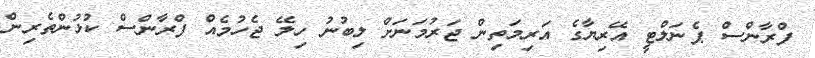
ފްރާންސް ޕެނަލްޓީ އޭރިޔާގެ އަރިމަތިން ޖަރުމަނަށް ލިބުނު ހިލޭ ޖެހުމެއް ފްރާންސް ކުޅުންތެރިން